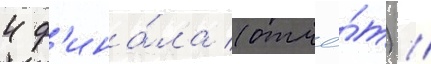
4 ф'ина́ла (отчё́т) //